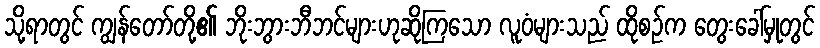
သို့ရာတွင် ကျွန်တော်တို့၏ ဘိုးဘွားဘီဘင်များဟုဆိုကြသော လူဝံများသည် ထိုစဉ်က တွေးခေါ်မှုတွင်